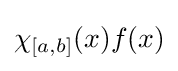
\chi _{[a,b]}(x)f(x)